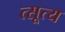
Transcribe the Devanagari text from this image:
त्सूत्य